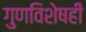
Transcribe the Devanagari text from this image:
गुणविशेषही